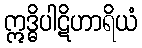
ဣဒ္ဓိပါဋိဟာရိယံ